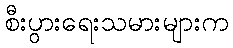
စီးပွားရေးသမားများက